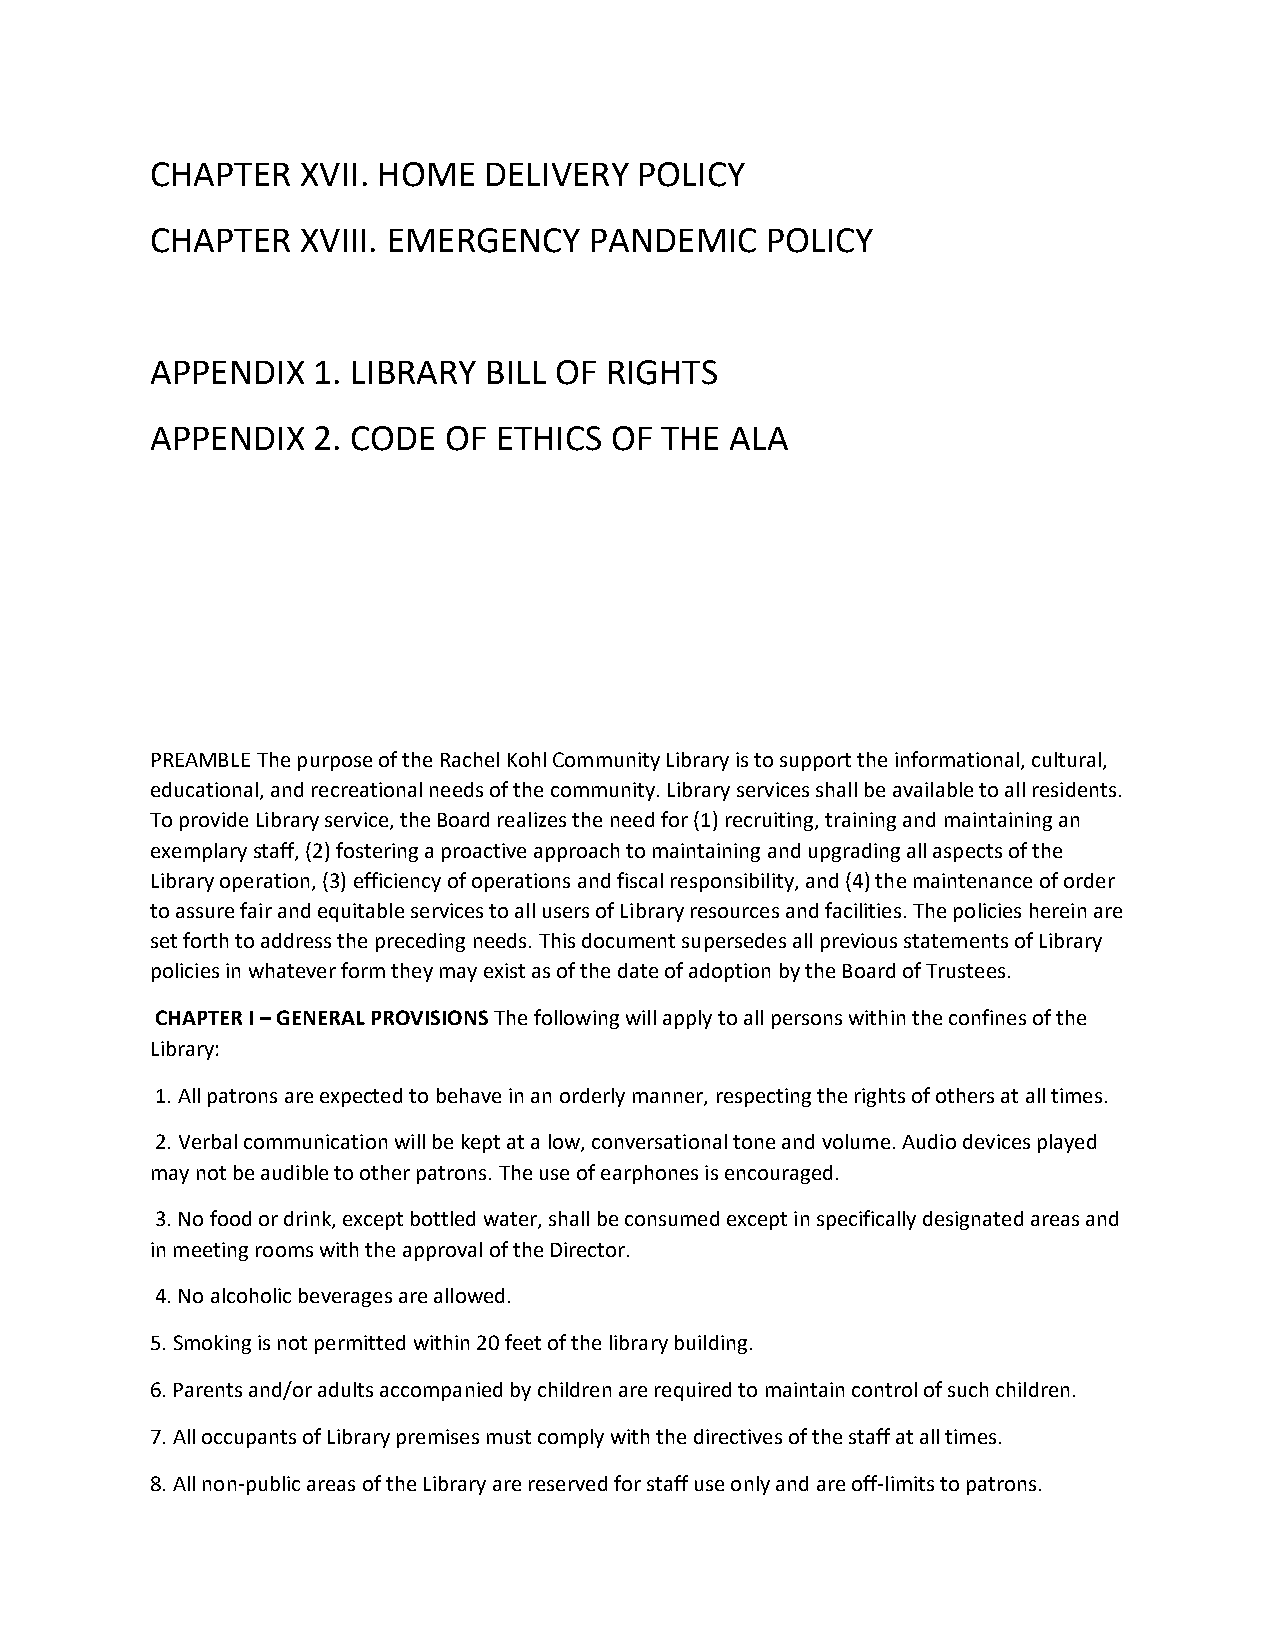
CHAPTER   XVII. HOME  DELIVERY  POLICY
 CHAPTER   XVIII. EMERGENCY   PANDEMIC    POLICY
 APPENDIX   1. LIBRARY BILL OF RIGHTS
 APPENDIX   2. CODE OF  ETHICS OF  THE ALA
 PREAMBLE The purpose of the Rachel Kohl Community Library is to support the informational, cultural,
 educational, and recreational needs of the community. Library services shall be available to all residents.
 To provide Library service, the Board realizes the need for (1) recruiting, training and maintaining an
 exemplary staff, (2) fostering a proactive approach to maintaining and upgrading all aspects of the
 Library operation, (3) efficiency of operations and fiscal responsibility, and (4) the maintenance of order
 to assure fair and equitable services to all users of Library resources and facilities. The policies herein are
 set forth to address the preceding needs. This document supersedes all previous statements of Library
 policies in whatever form they may exist as of the date of adoption by the Board of Trustees.
 CHAPTER I – GENERAL PROVISIONS The following will apply to all persons within the confines of the
 Library:
 1. All patrons are expected to behave in an orderly manner, respecting the rights of others at all times.
 2. Verbal communication will be kept at a low, conversational tone and volume. Audio devices played
 may not be audible to other patrons. The use of earphones is encouraged.
 3. No food or drink, except bottled water, shall be consumed except in specifically designated areas and
 in meeting rooms with the approval of the Director.
 4. No alcoholic beverages are allowed.
 5. Smoking is not permitted within 20 feet of the library building.
 6. Parents and/or adults accompanied by children are required to maintain control of such children.
 7. All occupants of Library premises must comply with the directives of the staff at all times.
 8. All non-public areas of the Library are reserved for staff use only and are off-limits to patrons.